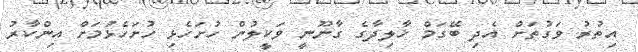
އިތުރު ވަގުތަށް އެދި ބޭގަމް ޚާލިދާގެ ގާނޫނީ ވަކީލުން ހުށަހެޅި ހުށަހެޅުމަށް އިންކާރު